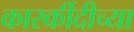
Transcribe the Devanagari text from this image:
कारर्कीदीच्या